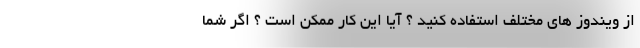
از ویندوز های مختلف استفاده کنید ؟ آیا این کار ممکن است ؟ اگر شما